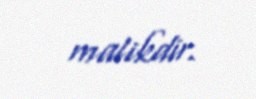
malikdir.